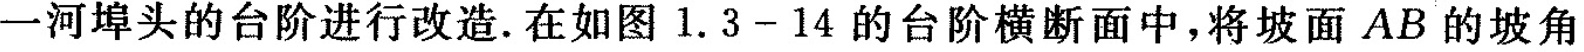
一河埠头的台阶进行改造。在如图1.3-14的台阶横断面中，将坡面AB的坡角